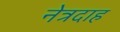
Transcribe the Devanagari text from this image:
नेत्रदाह